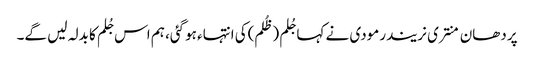
پردھان منتری نریندرمودی نے کہا جُلم (ظُلم)کی انتہاء ہوگئی، ہم اس جُلم کا بدلہ لیں گے۔